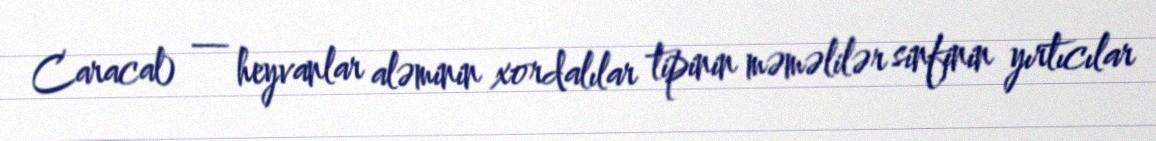
Caracal) — heyvanlar aləminin xordalılar tipinin məməlilər sinfinin yırtıcılar